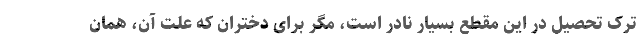
ترک تحصیل در این مقطع بسیار نادر است، مگر برای دختران که علت آن، همان